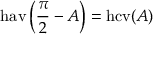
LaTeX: \operatorname { h a v } \left( { \frac { \pi } { 2 } } - A \right) = \operatorname { h c v } ( A )